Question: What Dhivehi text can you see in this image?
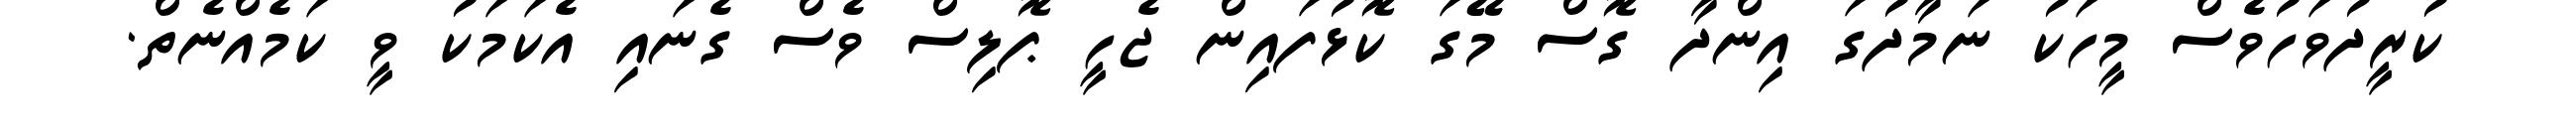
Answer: ކުރީދުވަހުވެސް މީހަކު ނަމާދުގަ އިންދާ ގޮސް މޭގަ ކޮޅުފައިން ޖެހީ ޕޮލިސް ވެސް ގެނައި އެކަމަކު ވީ ކަމެއްނެތް.